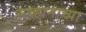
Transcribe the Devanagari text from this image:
सव्हानाच्या